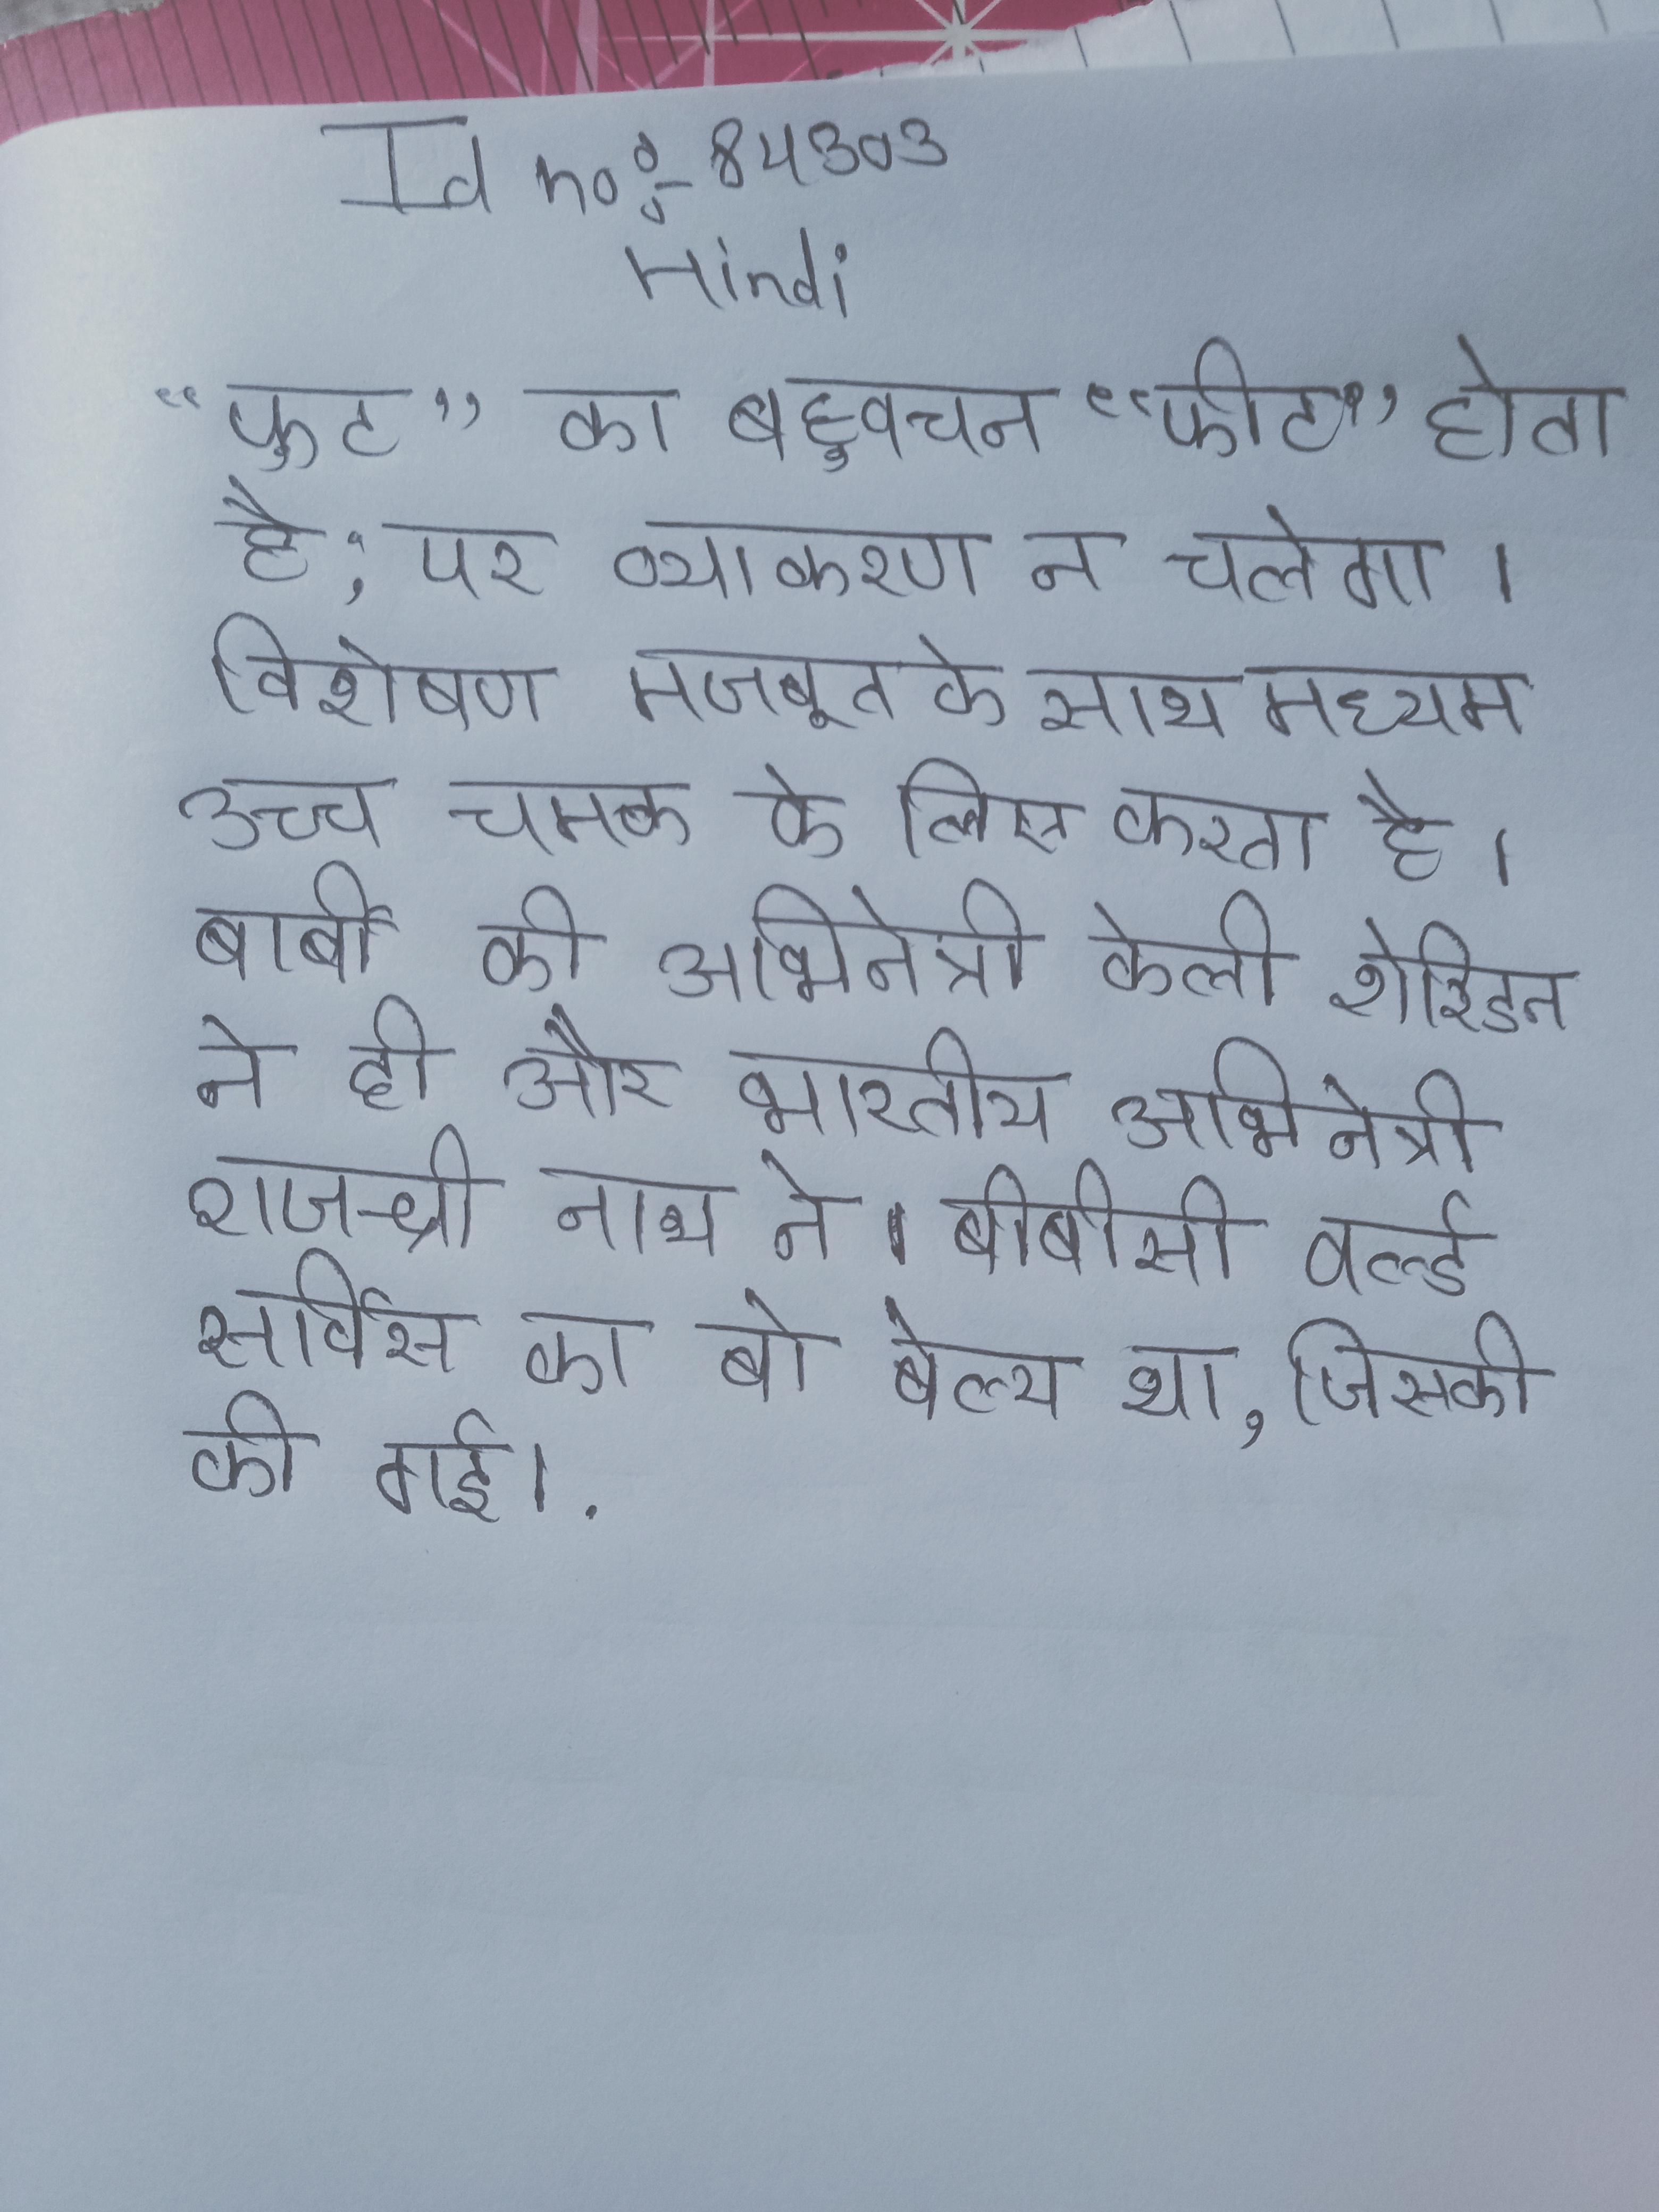
"फुट" का बहुवचन "फीट" होता है; पर व्याकरण न चलेगा । विशेषण मजबूत के साथ मध्यम उच्च चमक के लिए करता है । बार्बी की अभिनेत्री केली शेरिडन ने दी और भारतीय अभिनेत्री राजश्री नाथ ने । बीबीसी वर्ल्ड सर्विस का बो बेल्य था, जिसकी की गई ।